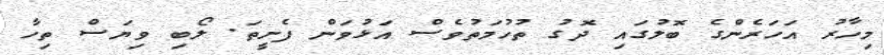
މިހާރު އަހަރެންގެ ބޮލުގައި ދޮގު ތުހުމަތުވެސް އަޅުވަން ފެށީތަ. ލޯބި ވިޔަސް ތިހާ